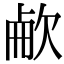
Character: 欳